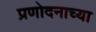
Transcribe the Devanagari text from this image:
प्रणोदनाच्या